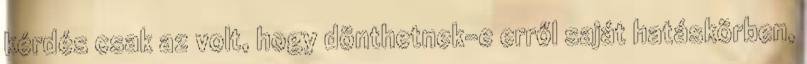
kérdés csak az volt, hogy dönthetnek-e erről saját hatáskörben,